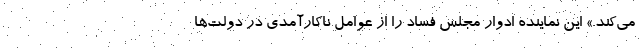
می‌کند.» این نماینده ادوار مجلس فساد را از عوامل ناکارآمدی در دولت‌ها